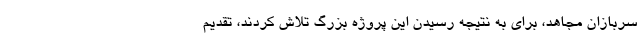
سربازان مجاهد، برای به نتیجه رسیدن این پروژه بزرگ تلاش کردند، تقدیم